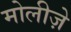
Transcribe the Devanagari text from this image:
मोलीज़े